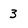
Character: 3